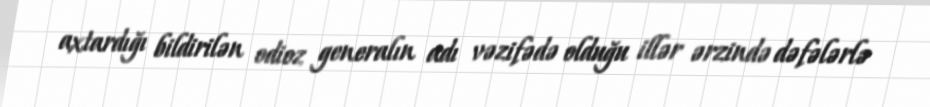
axtardığı bildirilən odioz generalın adı vəzifədə olduğu illər ərzində dəfələrlə